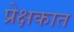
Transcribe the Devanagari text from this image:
प्रेक्षकात